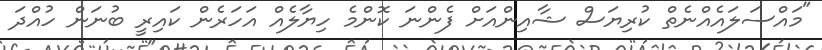
"މައްސަލައެއްނެތް ކުރިޔަސް ޝާއިންއަށް ފެންނަ ކޮންމެ ހިޔާލެއް އަހަރެން ކައިރީ ބުނަން ހުއްދަ